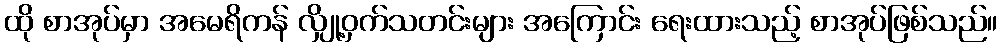
ထို စာအုပ်မှာ အမေရိကန် လျှို့ဝှက်သတင်းများ အကြောင်း ရေးထားသည့် စာအုပ်ဖြစ်သည်။